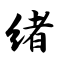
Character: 绪